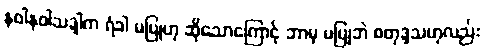
နဝါနဝါသဒ္ဒါက ရံခါ မပြုဟု ဆိုသောကြောင့် ဘာမှ မပြုဘဲ စတုဒ္ဒသဟုလည်း